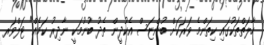
ހާލަތްތަކުގައި ކިތަންމެ ވަރަކަށް ބުންޏަސް އެކުދީން ތެދު ބުނުމަކީ ނާދިރު ކަމެއް" ޓަލްވަރ